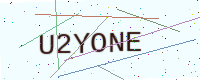
Text: U2YONE